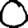
Digit: 0